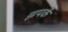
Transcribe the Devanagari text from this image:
झपकें